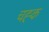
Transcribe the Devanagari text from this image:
चह्क